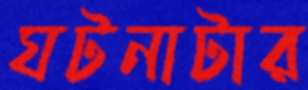
ঘটনাটার